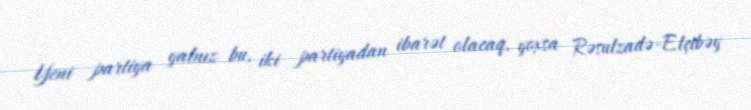
Yeni partiya yalnız bu, iki partiyadan ibarət olacaq, yoxsa Rəsulzadə-Elçibəy